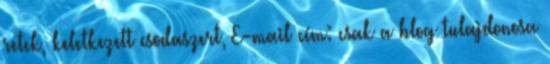
retek, keletkezett csodaszert, E-mail cím: csak a blog tulajdonosa